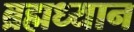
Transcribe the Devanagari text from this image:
ब्रह्मध्यान